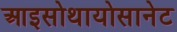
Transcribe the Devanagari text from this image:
आइसोथायोसानेट